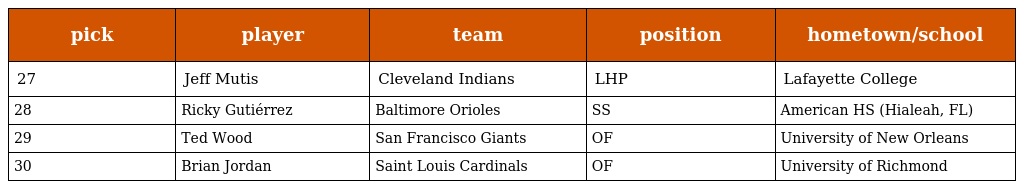
| pick | player | team | position | hometown/school |
 | --- | --- | --- | --- | --- |
 | 27 | Jeff Mutis | Cleveland Indians | LHP | Lafayette College |
 | 28 | Ricky Gutiérrez | Baltimore Orioles | SS | American HS (Hialeah, FL) |
 | 29 | Ted Wood | San Francisco Giants | OF | University of New Orleans |
 | 30 | Brian Jordan | Saint Louis Cardinals | OF | University of Richmond |